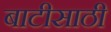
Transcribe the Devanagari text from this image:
बाटीसाठी